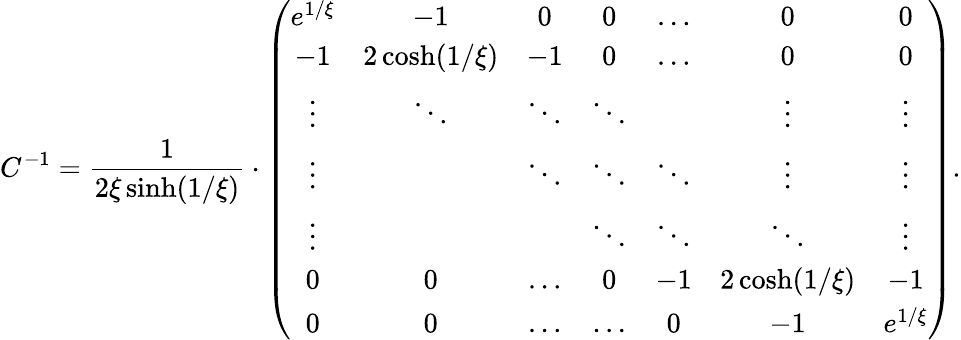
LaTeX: C^{-1}=\frac{1}{2\xi\sinh(1/\xi)}\cdot\left(\begin{array}{ccccccc}{e^{1/\xi}}&{-1}&{0}&{0}&{\dots}&{0}&{0}\\ {-1}&{2\cosh(1/\xi)}&{-1}&{0}&{\dots}&{0}&{0}\\ {\vdots}&{\ddots}&{\ddots}&{\ddots}&&{\vdots}&{\vdots}\\ {\vdots}&&{\ddots}&{\ddots}&{\ddots}&{\vdots}&{\vdots}\\ {\vdots}&&&{\ddots}&{\ddots}&{\ddots}&{\vdots}\\ {0}&{0}&{\dots}&{0}&{-1}&{2\cosh(1/\xi)}&{-1}\\ {0}&{0}&{\dots}&{\dots}&{0}&{-1}&{e^{1/\xi}}\end{array}\right).